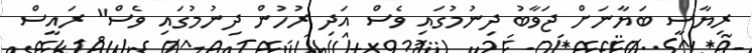
ރިޔާސީ ބަޔާނަށް ޖަވާބު ދިނުމުގައި ވެސް އަދި ރުހުން ދިނުމުގައި ވެސް" ރައީސް